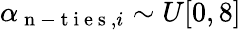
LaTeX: \alpha_{\mathrm{~n~-~t~i~e~s~},i}\sim U[0,8]